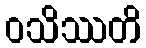
ဝသိဿတိ